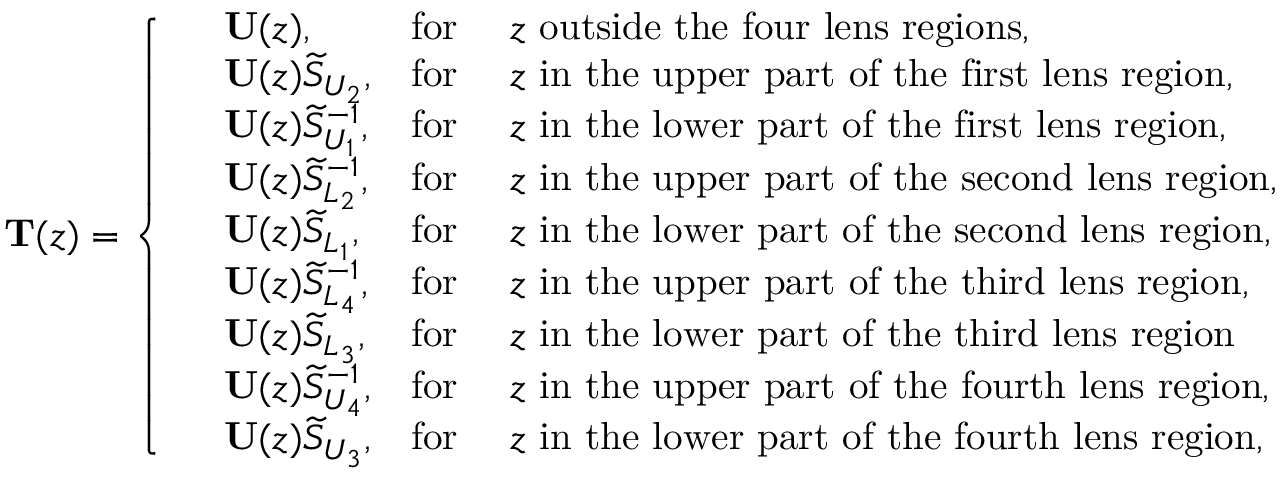
\mathbf { T } ( z ) = \left\{ \begin{array} { r l r l } & { \mathbf { U } ( z ) , } & { \mathrm { f o r } \ } & { z \ \mathrm { o u t s i d e \ t h e \ f o u r \ l e n s \ r e g i o n s } , } \\ & { \mathbf { U } ( z ) \widetilde { S } _ { U _ { 2 } } , } & { \mathrm { f o r } \ } & { z \ \mathrm { i n \ t h e \ u p p e r \ p a r t \ o f \ t h e \ f i r s t \ l e n s \ r e g i o n } , } \\ & { \mathbf { U } ( z ) \widetilde { S } _ { U _ { 1 } } ^ { - 1 } , } & { \mathrm { f o r } \ } & { z \ \mathrm { i n \ t h e \ l o w e r \ p a r t \ o f \ t h e \ f i r s t \ l e n s \ r e g i o n } , } \\ & { \mathbf { U } ( z ) \widetilde { S } _ { L _ { 2 } } ^ { - 1 } , } & { \mathrm { f o r } \ } & { z \ \mathrm { i n \ t h e \ u p p e r \ p a r t \ o f \ t h e \ s e c o n d \ l e n s \ r e g i o n } , } \\ & { \mathbf { U } ( z ) \widetilde { S } _ { L _ { 1 } } , } & { \mathrm { f o r } \ } & { z \ \mathrm { i n \ t h e \ l o w e r \ p a r t \ o f \ t h e \ s e c o n d \ l e n s \ r e g i o n } , } \\ & { \mathbf { U } ( z ) \widetilde { S } _ { L _ { 4 } } ^ { - 1 } , } & { \mathrm { f o r } \ } & { z \ \mathrm { i n \ t h e \ u p p e r \ p a r t \ o f \ t h e \ t h i r d \ l e n s \ r e g i o n } , } \\ & { \mathbf { U } ( z ) \widetilde { S } _ { L _ { 3 } } , } & { \mathrm { f o r } \ } & { z \ \mathrm { i n \ t h e \ l o w e r \ p a r t \ o f \ t h e \ t h i r d \ l e n s \ r e g i o n } } \\ & { \mathbf { U } ( z ) \widetilde { S } _ { U _ { 4 } } ^ { - 1 } , } & { \mathrm { f o r } \ } & { z \ \mathrm { i n \ t h e \ u p p e r \ p a r t \ o f \ t h e \ f o u r t h \ l e n s \ r e g i o n } , } \\ & { \mathbf { U } ( z ) \widetilde { S } _ { U _ { 3 } } , } & { \mathrm { f o r } \ } & { z \ \mathrm { i n \ t h e \ l o w e r \ p a r t \ o f \ t h e \ f o u r t h \ l e n s \ r e g i o n } , } \end{array} \right.